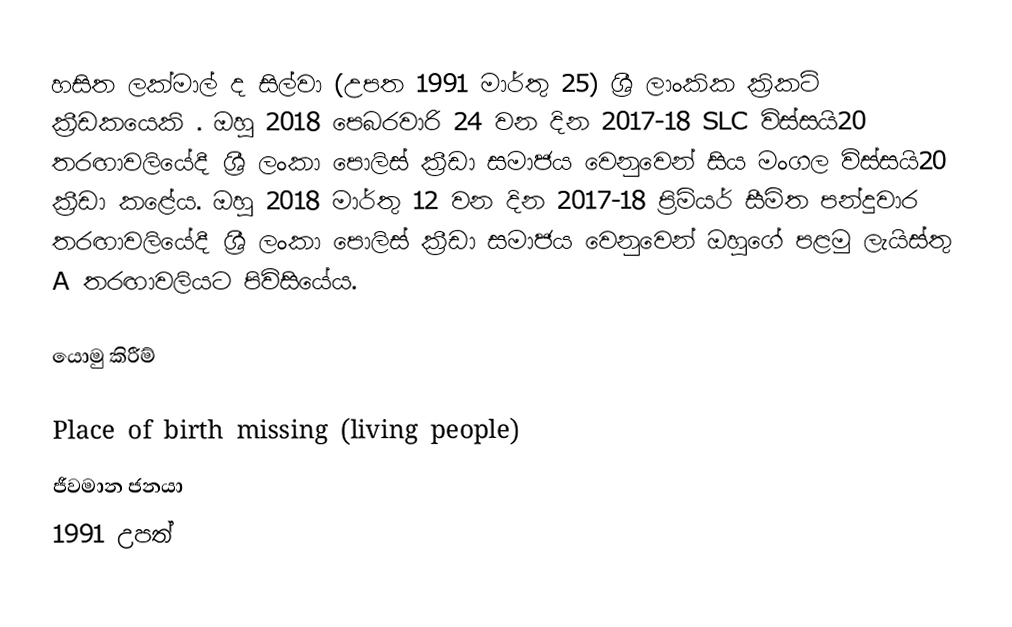
හසිත ලක්මාල් ද සිල්වා (උපත 1991 මාර්තු 25) ශ්‍රී ලාංකික ක්‍රිකට් ක්‍රීඩකයෙකි .  ඔහු 2018 පෙබරවාරි 24 වන දින 2017-18 SLC විස්සයි20 තරඟාවලියේදී ශ්‍රී ලංකා පොලිස් ක්‍රීඩා සමාජය වෙනුවෙන් සිය මංගල විස්සයි20 ක්‍රීඩා කළේය. ඔහු 2018 මාර්තු 12 වන දින 2017-18 ප්‍රිමියර් සීමිත පන්දුවාර තරඟාවලියේදී ශ්‍රී ලංකා පොලිස් ක්‍රීඩා සමාජය වෙනුවෙන් ඔහුගේ පළමු ලැයිස්තු A තරඟාවලියට පිවිසියේය.

යොමු කිරීම්

Place of birth missing (living people)
ජීවමාන ජනයා
1991 උපත්